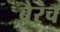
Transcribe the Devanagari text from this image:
बै्रंच